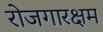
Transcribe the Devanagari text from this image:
रोजगारक्षम